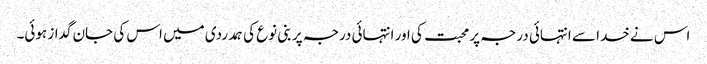
اس نے خدا سے انتہائی درجہ پر محبت کی اور انتہائی درجہ پر بنی نوع کی ہمدردی میں اس کی جان گداز ہوئی۔